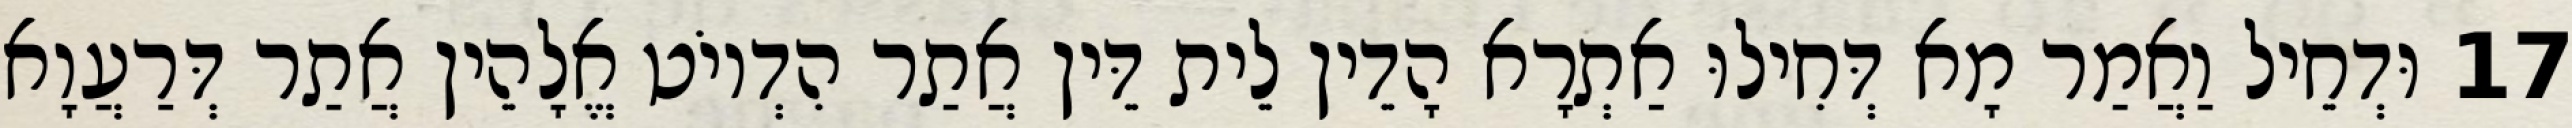
17 וּדְחֵיל וַאֲמַר מָא דְּחִילוּ אַתְרָא הָדֵין לֵית דֵּין אֲתַר הִדְיוֹט אֱלָהֵין אֲתַר דְּרַעֲוָא